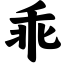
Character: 乖